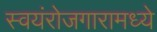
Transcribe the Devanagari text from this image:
स्वयंरोजगारामध्ये